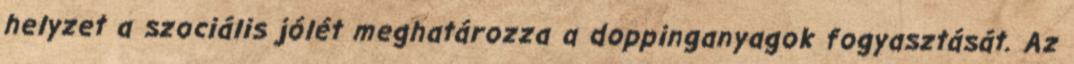
helyzet a szociális jólét meghatározza a doppinganyagok fogyasztását. Az